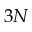
3 N